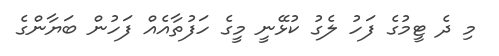
މި ދެ ޓީމުގެ ފަހު ލެގު ކުޅޭނީ މީގެ ހަފުތާއެއް ފަހުން ބަޔާންގެ